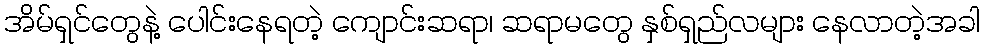
အိမ်ရှင်တွေနဲ့ ပေါင်းနေရတဲ့ ကျောင်းဆရာ၊ ဆရာမတွေ နှစ်ရှည်လများ နေလာတဲ့အခါ